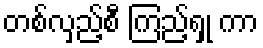
တစ်လှည့်စီ ကြည့်ရှု ကာ